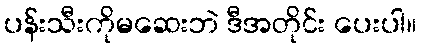
ပန်းသီးကိုမဆေးဘဲ ဒီအတိုင်း ပေးပါ။